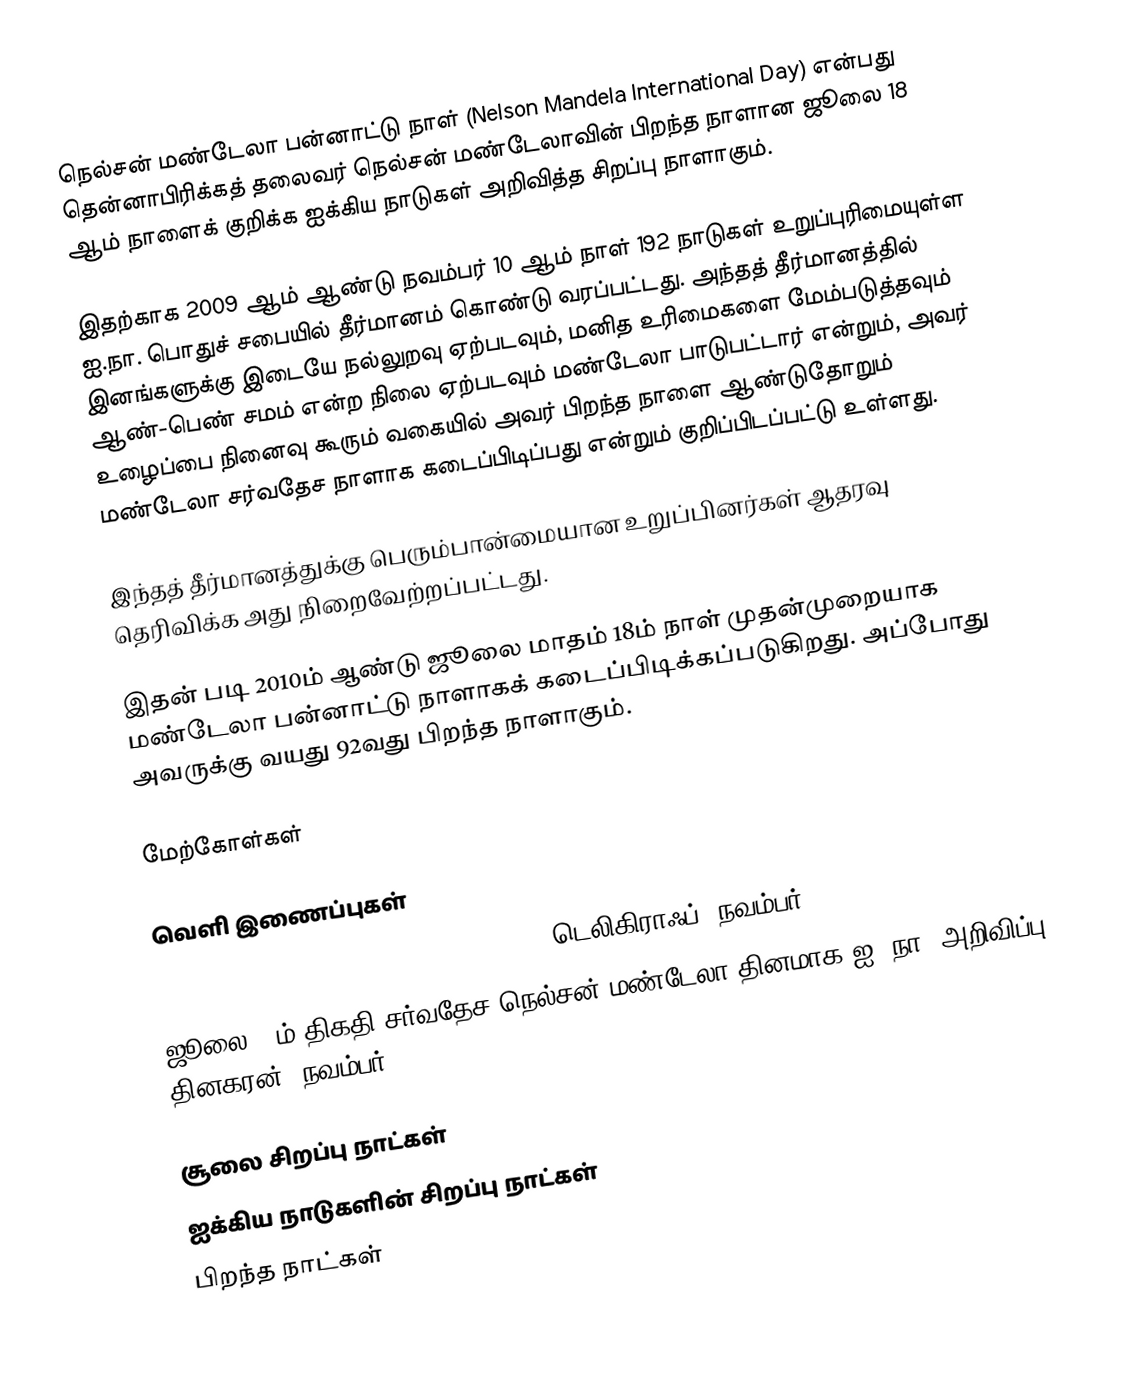
நெல்சன் மண்டேலா பன்னாட்டு நாள் (Nelson Mandela International Day) என்பது தென்னாபிரிக்கத் தலைவர் நெல்சன் மண்டேலாவின் பிறந்த நாளான ஜூலை 18 ஆம் நாளைக் குறிக்க ஐக்கிய நாடுகள் அறிவித்த சிறப்பு நாளாகும்.

இதற்காக 2009 ஆம் ஆண்டு நவம்பர் 10 ஆம் நாள் 192 நாடுகள் உறுப்புரிமையுள்ள ஐ.நா. பொதுச் சபையில் தீர்மானம் கொண்டு வரப்பட்டது. அந்தத் தீர்மானத்தில் இனங்களுக்கு இடையே நல்லுறவு ஏற்படவும், மனித உரிமைகளை மேம்படுத்தவும் ஆண்-பெண் சமம் என்ற நிலை ஏற்படவும் மண்டேலா பாடுபட்டார் என்றும், அவர் உழைப்பை நினைவு கூரும் வகையில் அவர் பிறந்த நாளை ஆண்டுதோறும் மண்டேலா சர்வதேச நாளாக கடைப்பிடிப்பது என்றும் குறிப்பிடப்பட்டு உள்ளது.

இந்தத் தீர்மானத்துக்கு பெரும்பான்மையான உறுப்பினர்கள் ஆதரவு தெரிவிக்க அது நிறைவேற்றப்பட்டது.

இதன் படி 2010ம் ஆண்டு ஜூலை மாதம் 18ம் நாள் முதன்முறையாக மண்டேலா பன்னாட்டு நாளாகக் கடைப்பிடிக்கப்படுகிறது. அப்போது அவருக்கு வயது 92வது பிறந்த நாளாகும்.

மேற்கோள்கள்

வெளி இணைப்புகள்
UN declares July 18 Nelson Mandela Day, டெலிகிராஃப், நவம்பர் 11, 20009
ஜூலை 18ம் திகதி சர்வதேச நெல்சன் மண்டேலா தினமாக ஐ. நா. அறிவிப்பு, தினகரன், நவம்பர் 14, 2009

சூலை சிறப்பு நாட்கள்
ஐக்கிய நாடுகளின் சிறப்பு நாட்கள்
பிறந்த நாட்கள்